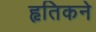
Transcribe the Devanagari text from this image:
हृतिकने